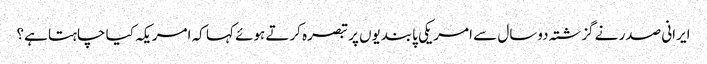
ایرانی صدر نے گزشتہ دوسال سے امریکی پابندیوں پر تبصرہ کرتے ہوئے کہا کہ امریکہ کیا چاہتا ہے؟